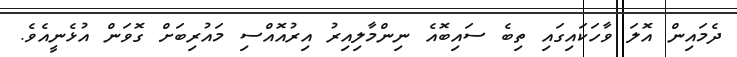
ދެމައިން އޮލަ ވާހަކައިގައި ތިބެ ސައިބޮއެ ނިންމާލިއިރު އިރުއޮއްސި މައުރިބަށް ގޮވަން އުޅެނީއެވެ.